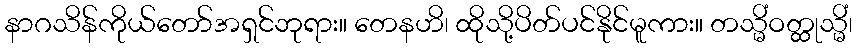
နာဂသိန်ကိုယ်တော်အရှင်ဘုရား။ တေနဟိ၊ ထိုသို့ပိတ်ပင်နိုင်မူကား။ တသ္မိံဝတ္ထုသ္မိံ၊